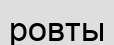
ровты